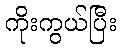
ကိုးကွယ်ပြီး